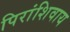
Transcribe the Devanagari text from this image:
पिरांशिवाय